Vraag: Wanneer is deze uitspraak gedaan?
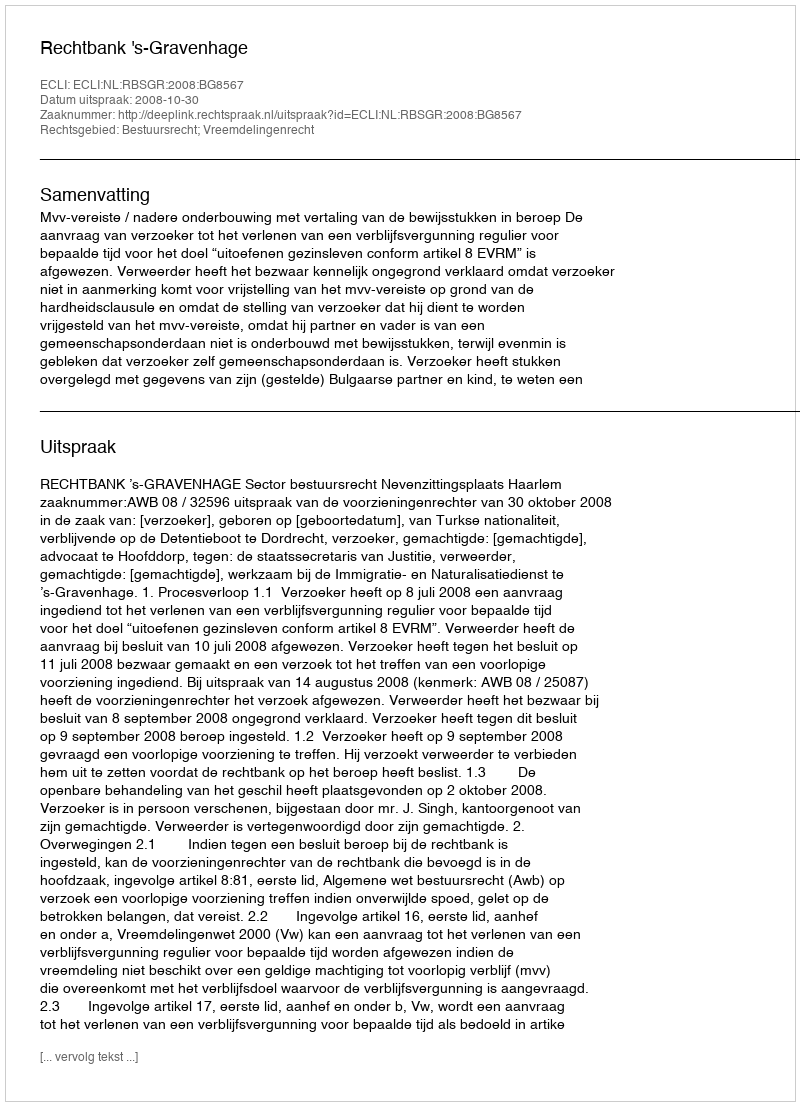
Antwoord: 2008-10-30